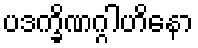
ပဒက္ခိဏဂ္ဂါဟိနော